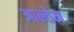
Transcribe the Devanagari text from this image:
आल्तेन